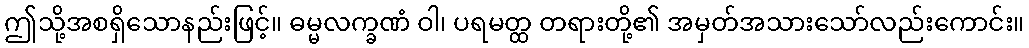
ဤသို့အစရှိသောနည်းဖြင့်။ ဓမ္မလက္ခဏံ ဝါ၊ ပရမတ္ထ တရားတို့၏ အမှတ်အသားသော်လည်းကောင်း။